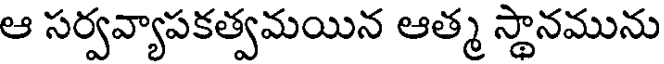
ఆ సర్వవ్యాపకత్వమయిన ఆత్మ స్థానమును